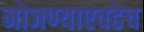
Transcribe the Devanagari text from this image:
मोजण्याएवढेच